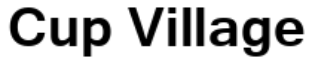
Cup Village